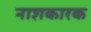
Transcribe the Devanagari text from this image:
नाशकारक